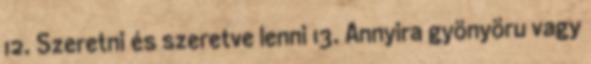
12. Szeretni és szeretve lenni 13. Annyira gyönyöru vagy